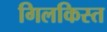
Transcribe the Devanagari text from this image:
गिलकिस्त